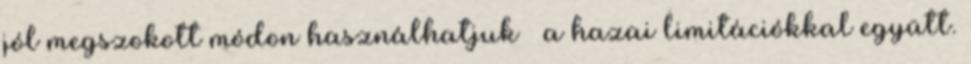
jól megszokott módon használhatjuk – a hazai limitációkkal együtt.